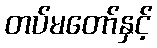
တပ်မတော်နှင့်